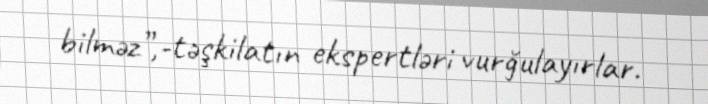
bilməz”,-təşkilatın ekspertləri vurğulayırlar.